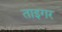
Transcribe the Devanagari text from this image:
ताइगर